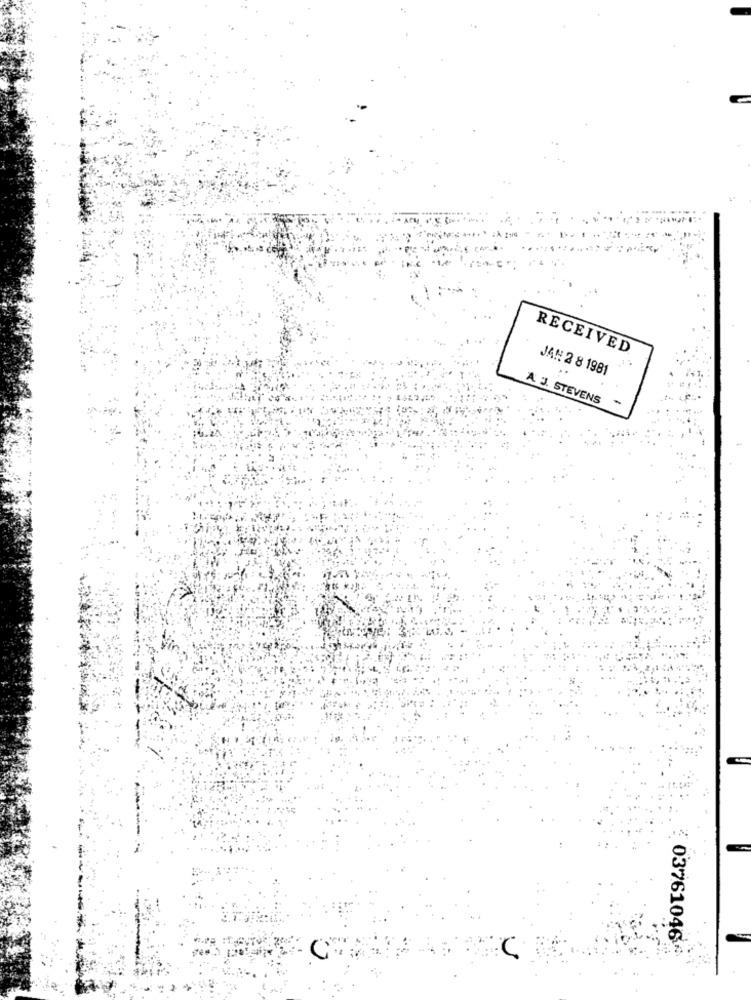
RECEIVED
JAN 2 8 1981
A J. STEVENS
-
03761046
C